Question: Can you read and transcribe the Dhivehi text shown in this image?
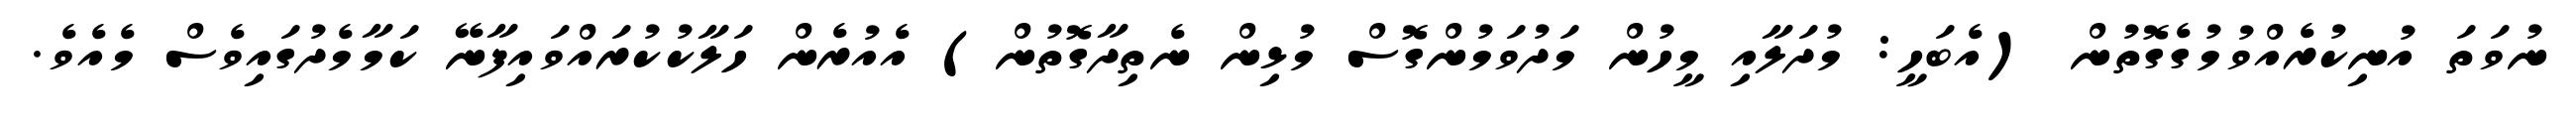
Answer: ނުވަތަ އުނިކުރެއްވުމުގެގޮތުން (އެބަހީ: މުދަލާއި މީހުން މަދުވަމުންގޮސް މުޅިން ނެތިދާގޮތުން) އެއުރެން ހަލާކުކުރައްވައިފާނޭ ކަމާމެދުގައިވެސް މެއެވެ.